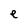
Character: e